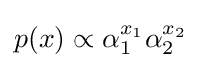
p(x)\propto \alpha _{1}^{x_{1}}\alpha _{2}^{x_{2}}